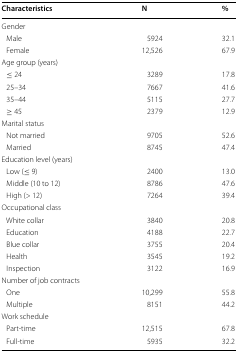
| Characteristics | N | % |
 | --- | --- | --- |
 | <COLSPAN=3> Gender |
 | Male | 5924 | 32.1 |
 | Female | 12,526 | 67.9 |
 | <COLSPAN=3> Age group (years) |
 | ≤ 24 | 3289 | 17.8 |
 | 25–34 | 7667 | 41.6 |
 | 35–44 | 5115 | 27.7 |
 | ≥ 45 | 2379 | 12.9 |
 | <COLSPAN=3> Marital status |
 | Not married | 9705 | 52.6 |
 | Married | 8745 | 47.4 |
 | <COLSPAN=3> Education level (years) |
 | Low (≤ 9) | 2400 | 13.0 |
 | Middle (10 to 12) | 8786 | 47.6 |
 | High (> 12) | 7264 | 39.4 |
 | <COLSPAN=3> Occupational class |
 | White collar | 3840 | 20.8 |
 | Education | 4188 | 22.7 |
 | Blue collar | 3755 | 20.4 |
 | Health | 3545 | 19.2 |
 | Inspection | 3122 | 16.9 |
 | <COLSPAN=3> Number of job contracts |
 | One | 10,299 | 55.8 |
 | Multiple | 8151 | 44.2 |
 | <COLSPAN=3> Work schedule |
 | Part-time | 12,515 | 67.8 |
 | Full-time | 5935 | 32.2 |